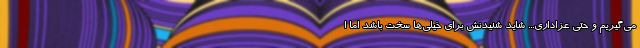
می‌گیریم و حتی عزاداری... شاید شنیدنش برای خیلی‌ها سخت باشد اما ا